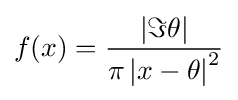
f(x)={\left\vert \Im {\theta }\right\vert  \over \pi \left\vert x-\theta \right\vert ^{2}}